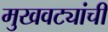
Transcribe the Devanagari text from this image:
मुखवट्यांची